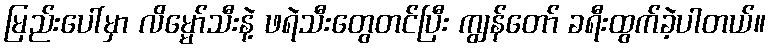
မြည်းပေါ်မှာ လိမ္မော်သီးနဲ့ ဖရဲသီးတွေတင်ပြီး ကျွန်တော် ခရီးထွက်ခဲ့ပါတယ်။